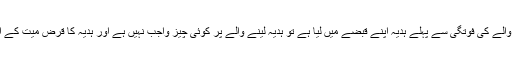
جواب: اگر ہدیہ دینے والے کی فوتگی سے پہلے ہدیہ اپنے قبضے میں لیا ہے تو ہدیہ لینے والے پر کوئی چیز واجب نہیں ہے اور ہدیہ کا قرض میت کے اصل مال سے ادا ہوگا۔